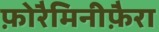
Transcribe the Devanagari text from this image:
फ़ोरैमिनीफ़ैरा